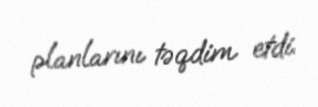
planlarını təqdim etdi.